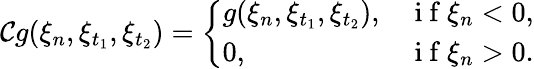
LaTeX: \mathcal{C}g(\xi_{n},\xi_{t_{1}},\xi_{t_{2}})=\left\{ \begin{array}{ll}{g(\xi_{n},\xi_{t_{1}},\xi_{t_{2}}),}&{\mathrm{~i~f~}\xi_{n}<0,}\\ {0,}&{\mathrm{~i~f~}\xi_{n}>0.}\end{array}\right.